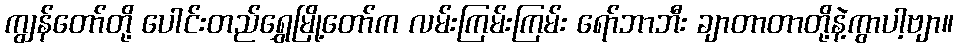
ကျွန်တော်တို့ ပေါင်းတည်ရွှေမြို့တော်က လမ်းကြမ်းကြမ်း ရော်ဘာဘီး ချာတာတာတို့နဲ့ကွာပါ့ဗျာ။